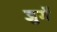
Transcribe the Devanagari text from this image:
जुर्गें